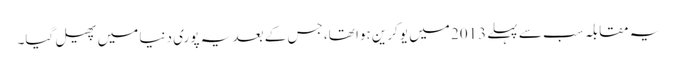
یہ مقابلہ سب سے پہلے 2013 میں یوکرین ہوا تھا، جس کے بعد یہ پوری دنیا میں پھیل گیا۔